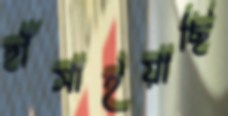
হাঁসাইয়াছি